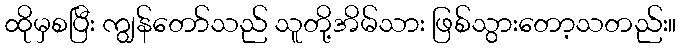
ထိုမှစပြီး ကျွန်တော်သည် သူတို့အိမ်သား ဖြစ်သွားတော့သတည်း။